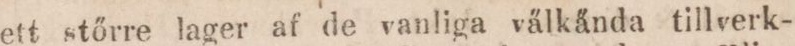
ett större lager af de vanliga välkända tillverk-